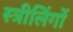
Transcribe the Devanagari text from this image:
स्त्रीलिंगों